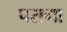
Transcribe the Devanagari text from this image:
परागा